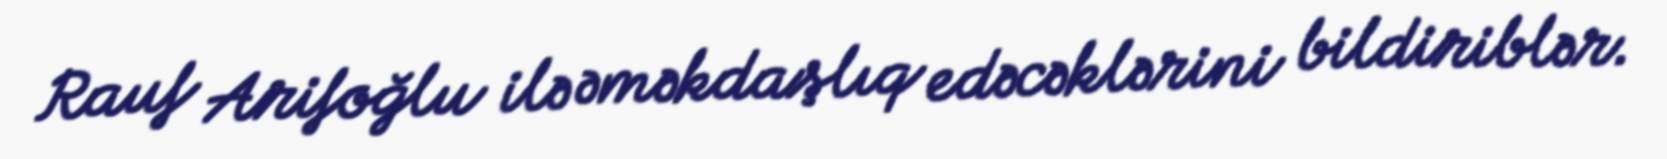
Rauf Arifoğlu ilə əməkdaşlıq edəcəklərini bildiriblər.